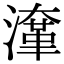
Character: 㵮